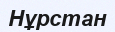
Нұрстан